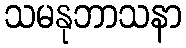
သမနုဘာသနာ